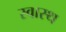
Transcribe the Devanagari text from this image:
स्‍वास्थ